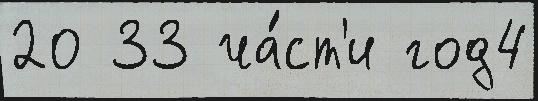
20 33 ча́ст'и год4